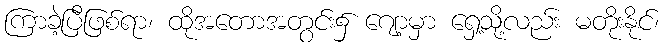
ကြာခဲ့ပြီဖြစ်ရာ၊ ထိုအတောအတွင်း၌ ဂျော့မှာ ရှေ့သို့လည်း မတိုးနိုင်၊